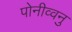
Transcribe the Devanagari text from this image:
पोनीव्वनु